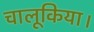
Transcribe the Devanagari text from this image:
चालूकिया।